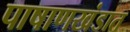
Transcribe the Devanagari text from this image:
पाषाणखंडात